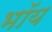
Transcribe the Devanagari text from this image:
भॉय